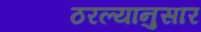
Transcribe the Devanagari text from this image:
ठरल्यानुसार